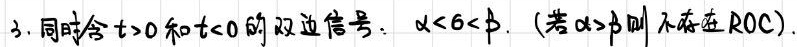
3. 同时含$t > 0$和$t < 0$的双边信号：$\alpha < \sigma < \beta$. (若$\alpha \geq \beta$则不存在ROC).